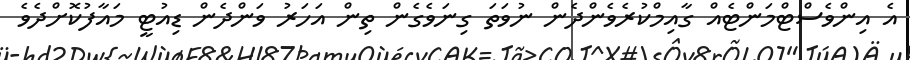
އެ އިންވެސްޓްމަންޓެއް ގާއިމްކުރެވެންދެން ނުވަތަ ގިނަވެގެން ތިން އަހަރު ވަންދެން ޑިއުޓީ މައާފުކޮށްދެވެ